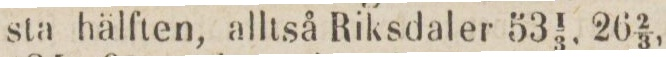
sta hälften, alltså Riksdaler 53 ⅓, 26 ⅔,